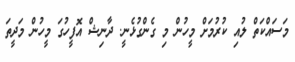
މަސައްކަތް ލުއި ކުރުމަށް މީހުން މި ގެންގުޅެނީ. ދާނިޝް އޮފީހުގަ މީހުން މަދީތަ